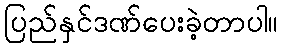
ပြည်နှင်ဒဏ်ပေးခဲ့တာပါ။